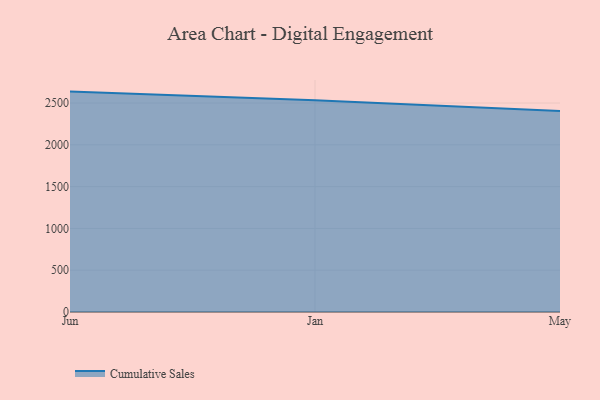
{"axis": {"x": "Month", "y": "Net Income (USD K)"}, "legend": ["Cumulative Sales"], "data": [{"x": "Jun", "y": 2636.6, "type": "Cumulative Sales"}, {"x": "Jan", "y": 2532.0, "type": "Cumulative Sales"}, {"x": "May", "y": 2405.8, "type": "Cumulative Sales"}]}